Vaccination in Burma 1920-1933 - 1920-1933
Year: 1920
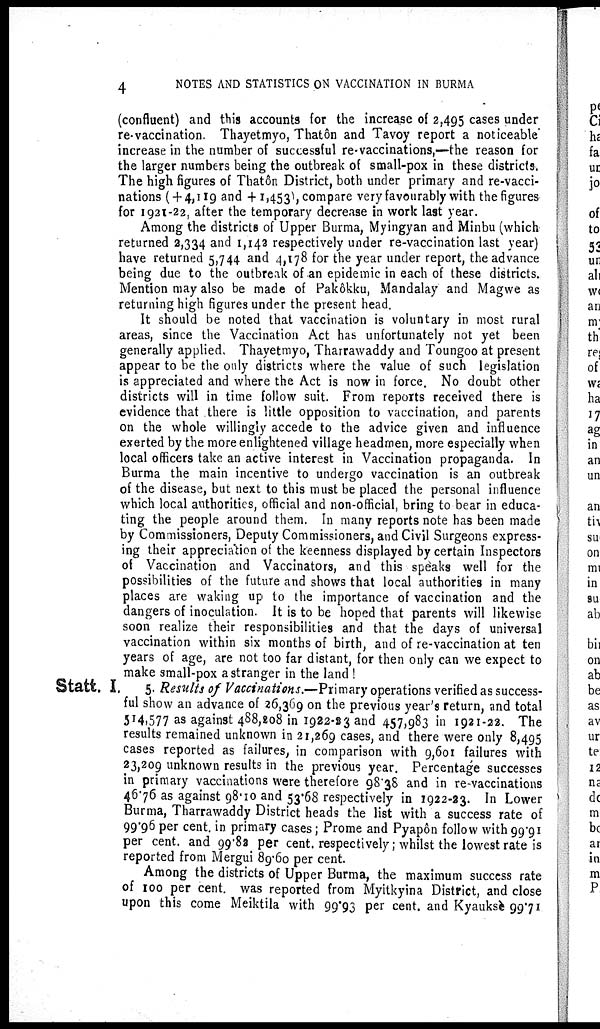
4
NOTES AND STATISTICS ON VACCINATION IN BURMA
(confluent) and this accounts for the increase of 2,495 cases under
re-vaccination. Thayetmyo, Thatôn and Tavoy report a noticeable'
increase in the number of successful re-vaccinations,—the reason for
the larger numbers being the outbreak of small-pox in these districts.
The high figures of Thatôn District, both under primary and re-vacci-
nations (+ 4,119 and +1,453), compare very favourably with the figures
for 1921-22, after the temporary decrease in work last year.
Among the districts of Upper Burma, Myingyan and Minbu (which
returned 2,334 and 1,142 respectively under re-vaccination last year)
have returned 5,744 and 4,178 for the year under report, the advance
being due to the outbreak of an epidemic in each of these districts.
Mention may also be made of Pakôkku, Mandalay and Magwe as
returning high figures under the present head.
It should be noted that vaccination is voluntary in most rural
areas, since the Vaccination Act has unfortunately not yet been
generally applied. Thayetmyo, Tharrawaddy and Toungoo at present
appear to be the only districts where the value of such legislation
is appreciated and where the Act is now in force. No doubt other
districts will in time follow suit. From reports received there is
evidence that there is little opposition to vaccination, and parents
on the whole willingly accede to the advice given and influence
exerted by the more enlightened village headmen, more especially when
local officers take an active interest in Vaccination propaganda. In
Burma the main incentive to undergo vaccination is an outbreak
of the disease, but next to this must be placed the personal influence
which local authorities, official and non-official, bring to bear in educa-
ting the people around them. In many reports note has been made
by Commissioners, Deputy Commissioners, and Civil Surgeons express-
ing their appreciation of the keenness displayed by certain Inspectors
of Vaccination and Vaccinators, and this speaks well for the
possibilities of the future and shows that local authorities in many
places are waking up to the importance of vaccination and the
dangers of inoculation. It is to be hoped that parents will likewise
soon realize their responsibilities and that the days of universal
vaccination within six months of birth, and of re-vaccination at ten
years of age, are not too far distant, for then only can we expect to
make small-pox a stranger in the land !
Statt. I. 5. Results of Vaccinations.—Primary operations verified as success-
ful show an advance of 26,369 on the previous year's return, and total
514,577 as against 488,208 in 1922-23 and 457,983 in 1921-22. The
results remained unknown in 21,269 cases, and there were only 8,495
cases reported as failures, in comparison with 9,601 failures with
23,209 unknown results in the previous year. Percentage successes
in primary vaccinations were therefore 98.38 and in re-vaccinations
46.76 as against 98.10 and 53.68 respectively in 1922-23. In Lower
Burma, Tharrawaddy District heads the list with a success rate of
99.96 per cent. in primary cases; Prome and Pyapôn follow with 99.91
per cent. and 99.82 per cent. respectively; whilst the lowest rate is
reported from Mergui 89.60 per cent.
Among the districts of Upper Burma, the maximum success rate
of 100 per cent. was reported from Myitkyina District, and close
upon this come Meiktila with 99.93 per cent. and Kyauksè 99.71